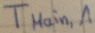
Text: TMain,1